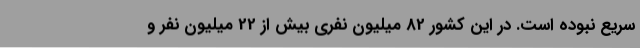
سریع نبوده است. در این کشور 82 میلیون نفری بیش از 22 میلیون نفر و